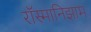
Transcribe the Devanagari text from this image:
रॉस्मानिझाम